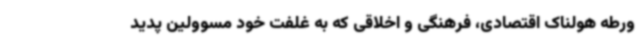
ورطه هولناک اقتصادی، فرهنگی و اخلاقی که به غلفت خود مسوولین پدید